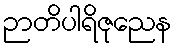
ဉာတိပါရိဇုညေန